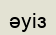
әуіз